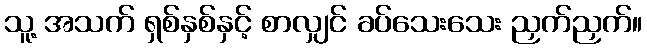
သူ့ အသက် ရှစ်နှစ်နှင့် စာလျှင် ခပ်သေးသေး ညှက်ညှက်။